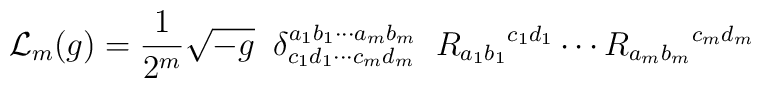
{\cal L}_m(g)=\frac{1}{2^m} \sqrt{-g}\;\;\delta_{c_1d_1\cdots c_md_m}^{a_1b_1\cdots a_mb_m}\;\;R_{a_1b_1}{}^{c_1d_1}\cdots R_{a_mb_m}{}^{c_md_m}